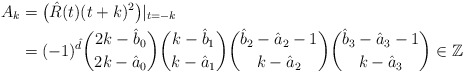
\begin{align*}A_k&=\bigl(\hat R(t)(t+k)^2\bigr)|_{t=-k}\\&=(-1)^{\hat d}\binom{2k-\hat b_0}{2k-\hat a_0}\binom{k-\hat b_1}{k-\hat a_1}\binom{\hat b_2-\hat a_2-1}{k-\hat a_2}\binom{\hat b_3-\hat a_3-1}{k-\hat a_3}\in\mathbb Z\end{align*}